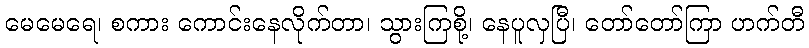
မေမေရေ၊ စကား ကောင်းနေလိုက်တာ၊ သွားကြစို့၊ နေပူလှပြီ၊ တော်တော်ကြာ ဟက်တီ